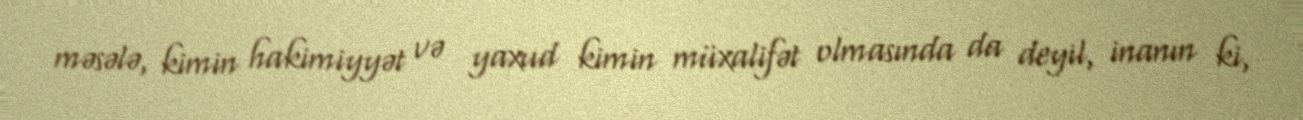
məsələ, kimin hakimiyyət və yaxud kimin müxalifət olmasında da deyil, inanın ki,